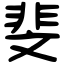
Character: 斐